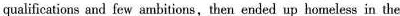
qualifications and few ambitions, then ended up homeless in the